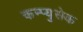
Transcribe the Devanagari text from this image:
कम्प्युसेक